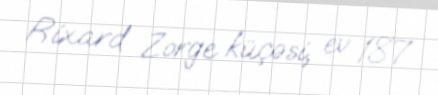
Rixard Zorge küçəsi, ev 187